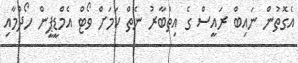
އެގޮތުން ނައިބް ރައީސް ގެ އިތުބާރު ނެތް ކަމަށް ވޯޓް އެމްޑީޕީން ހޯދުމާއި